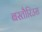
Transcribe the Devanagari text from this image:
बस्तौरिउस